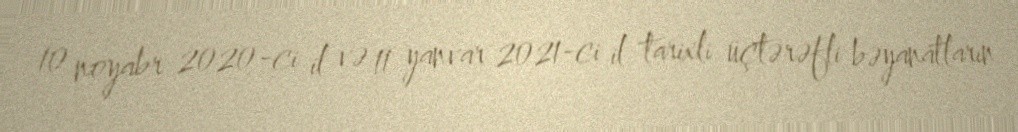
10 noyabr 2020-ci il və 11 yanvar 2021-ci il tarixli üçtərəfli bəyanatların